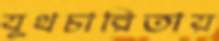
যূথচারিতায়